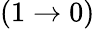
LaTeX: (1\rightarrow 0)